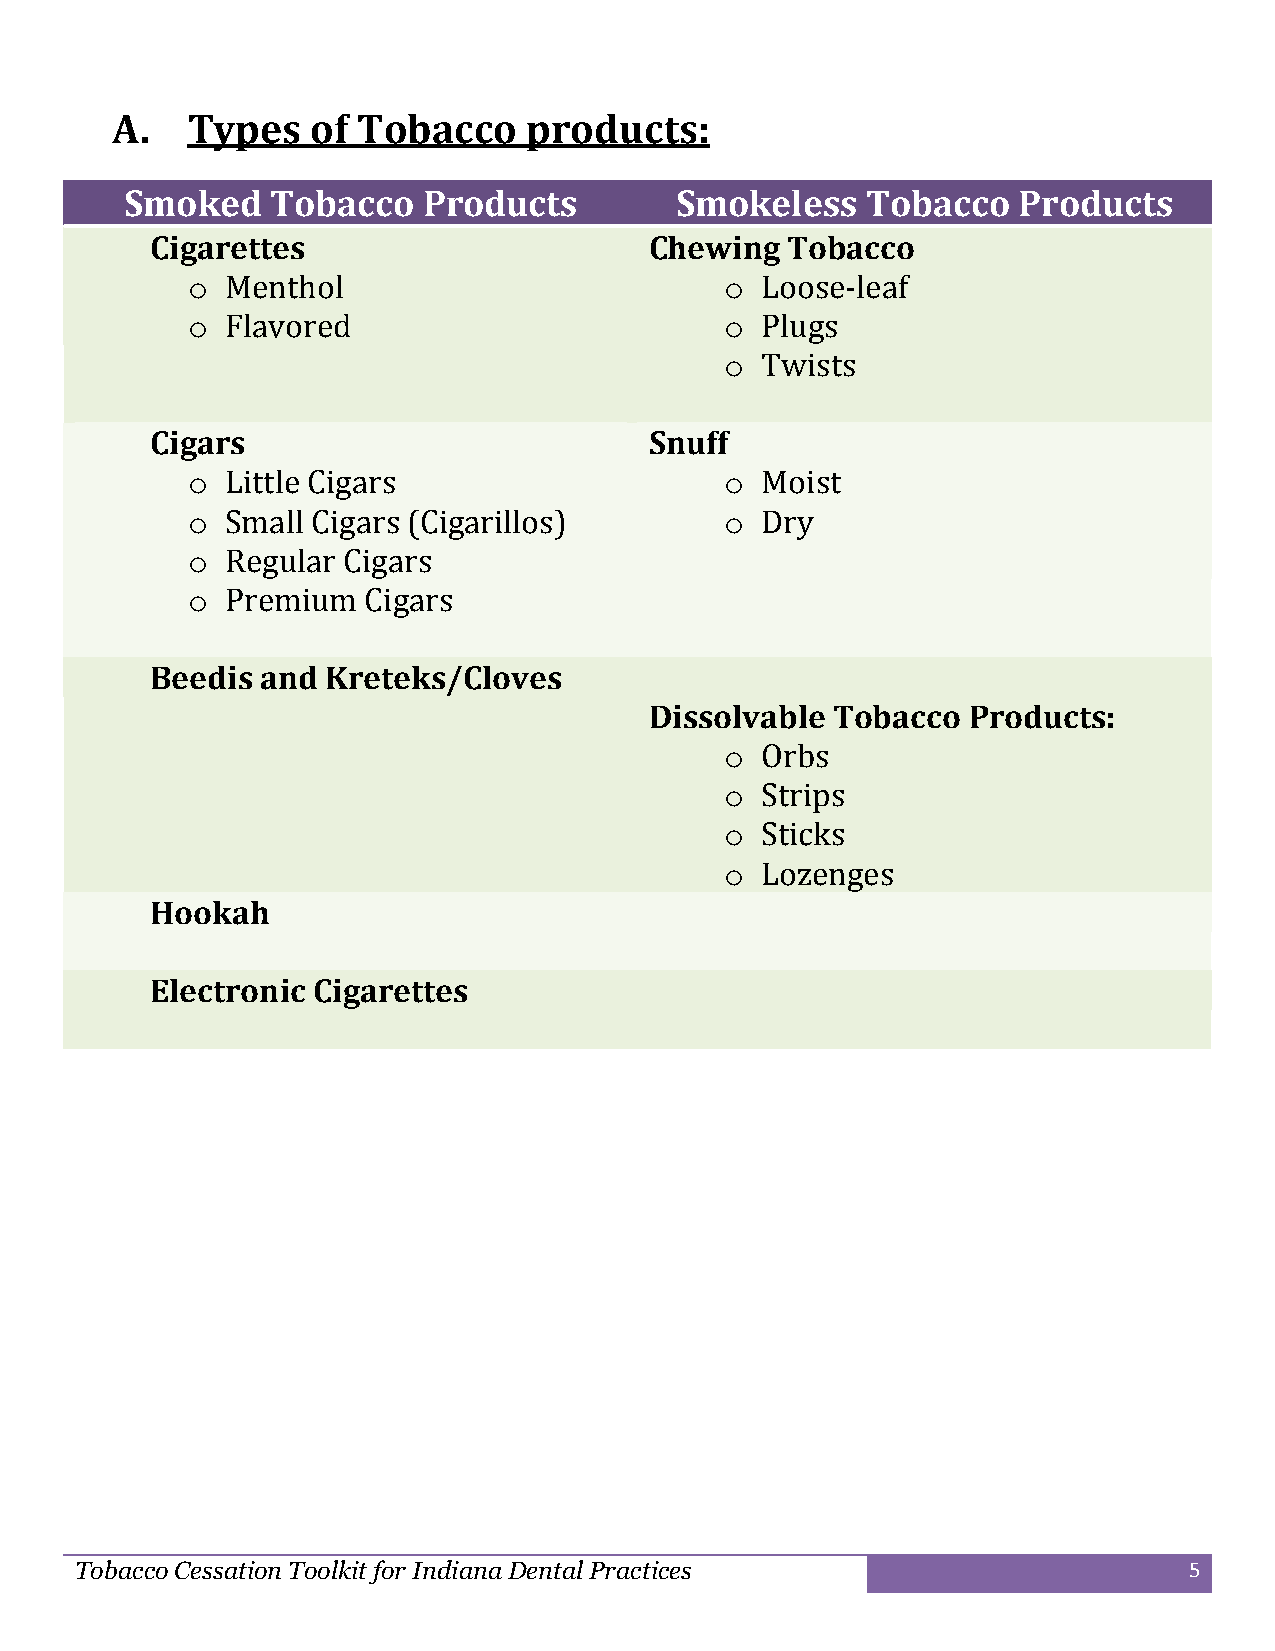
A.   Types    of Tobacco    products:
 Smoked    Tobacco   Products         Smokeless   Tobacco   Products
 Cigarettes                       Chewing  Tobacco
 o  Menthol                          o Loose-leaf
 o  Flavored                         o Plugs
 o Twists
 Cigars                           Snuff
 o  Little Cigars                    o Moist
 o  Small Cigars (Cigarillos)        o Dry
 o  Regular Cigars
 o  Premium  Cigars
 Beedis and  Kreteks/Cloves
 Dissolvable Tobacco  Products:
 o Orbs
 o Strips
 o Sticks
 o Lozenges
 Hookah
 Electronic Cigarettes
 Tobacco Cessation Toolkit for Indiana Dental Practices                    5